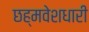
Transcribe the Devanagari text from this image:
छह्मवेशधारी